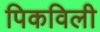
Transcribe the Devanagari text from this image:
पिकविली